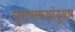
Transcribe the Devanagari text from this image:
पुराणकथांनुसार